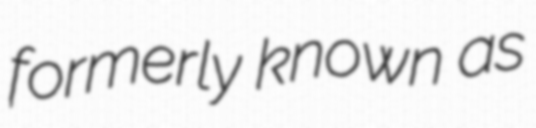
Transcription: formerly known as